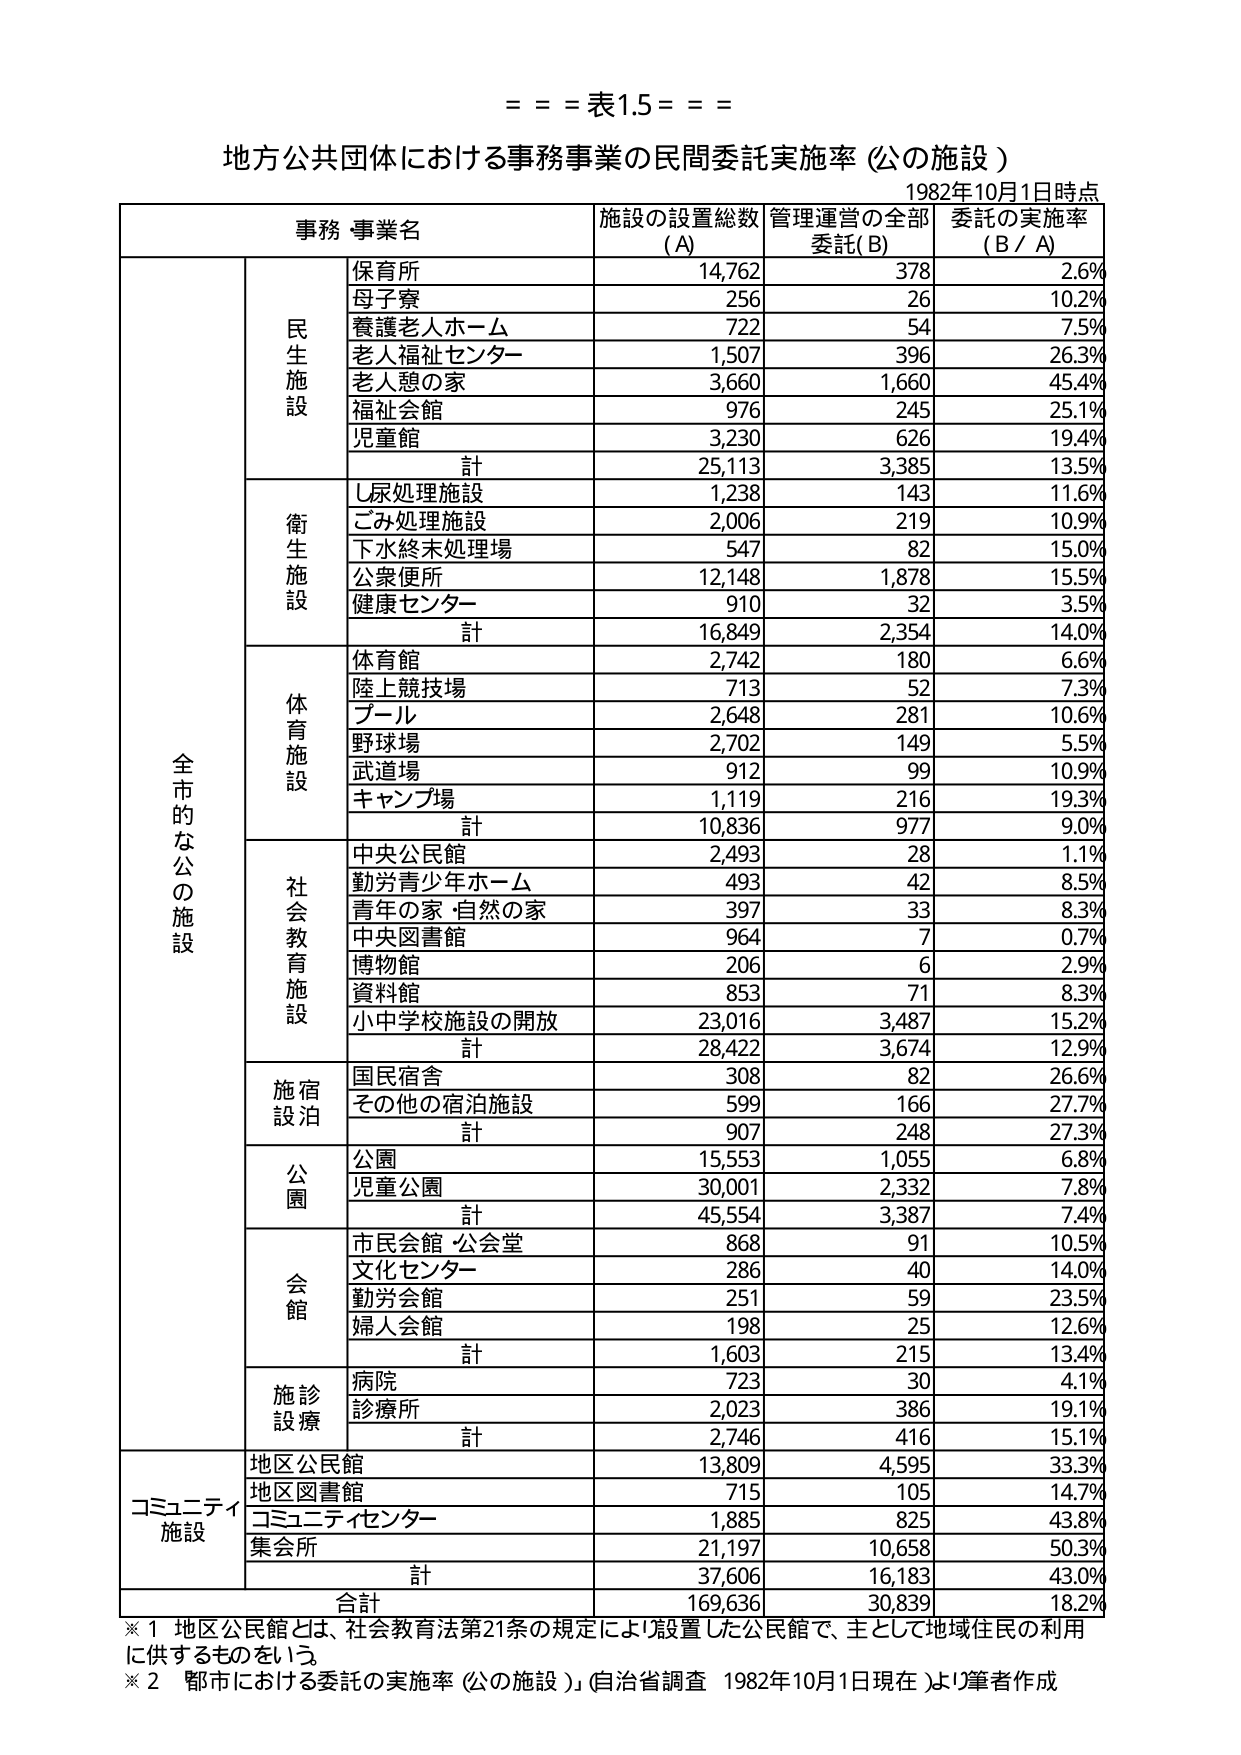
= = = 表1.5 = = =

地方公共団体における事務事業の民間委託実施率（公の施設）
1982年10月1日時点

事務 事業名 | 施設の設置総数 (A) | 管理運営の全部委託(B) | 委託の実施率 (B / A)
--- | --- | --- | ---
全市的な公の施設 | | |
| 民生施設 | 保育所 | 14,762 | 378 | 2.6%
| | 母子寮 | 256 | 26 | 10.2%
| | 養護老人ホーム | 722 | 54 | 7.5%
| | 老人福祉センター | 1,507 | 396 | 26.3%
| | 老人憩の家 | 3,660 | 1,660 | 45.4%
| | 福祉会館 | 976 | 245 | 25.1%
| | 児童館 | 3,230 | 626 | 19.4%
| | 計 | 25,113 | 3,385 | 13.5%
| | 衛生施設 | し尿処理施設 | 1,238 | 143 | 11.6%
| | | ごみ処理施設 | 2,006 | 219 | 10.9%
| | | 下水終末処理場 | 547 | 82 | 15.0%
| | | 公衆便所 | 12,148 | 1,878 | 15.5%
| | | 健康センター | 910 | 32 | 3.5%
| | | 計 | 16,849 | 2,354 | 14.0%
| | 体育施設 | 体育館 | 2,742 | 180 | 6.6%
| | | 陸上競技場 | 713 | 52 | 7.3%
| | | プール | 2,648 | 281 | 10.6%
| | | 野球場 | 2,702 | 149 | 5.5%
| | | 武道場 | 912 | 99 | 10.9%
| | | キャンプ場 | 1,119 | 216 | 19.3%
| | | 計 | 10,836 | 977 | 9.0%
| | 社会教育施設 | 中央公民館 | 2,493 | 28 | 1.1%
| | | 勤労青少年ホーム | 493 | 42 | 8.5%
| | | 青年の家・自然の家 | 397 | 33 | 8.3%
| | | 中央図書館 | 964 | 7 | 0.7%
| | | 博物館 | 206 | 6 | 2.9%
| | | 資料館 | 853 | 71 | 8.3%
| | | 小中学校施設の開放 | 23,016 | 3,487 | 15.2%
| | | 計 | 28,422 | 3,674 | 12.9%
| | 施設宿泊 | 国民宿舎 | 308 | 82 | 26.6%
| | | その他の宿泊施設 | 599 | 166 | 27.7%
| | | 計 | 907 | 248 | 27.3%
| | 公園 | 公園 | 15,553 | 1,055 | 6.8%
| | | 児童公園 | 30,001 | 2,332 | 7.8%
| | | 計 | 45,554 | 3,387 | 7.4%
| | 会館 | 市民会館・公会堂 | 868 | 91 | 10.5%
| | | 文化センター | 286 | 40 | 14.0%
| | | 勤労会館 | 251 | 59 | 23.5%
| | | 婦人会館 | 198 | 25 | 12.6%
| | | 計 | 1,603 | 215 | 13.4%
| | 施設診療 | 病院 | 723 | 30 | 4.1%
| | | 診療所 | 2,023 | 386 | 19.1%
| | | 計 | 2,746 | 416 | 15.1%
コミュニティ施設 | | 地区公民館 | 13,809 | 4,595 | 33.3%
| | | 地区図書館 | 715 | 105 | 14.7%
| | | コミュニティセンター | 1,885 | 825 | 43.8%
| | | 集会所 | 21,197 | 10,658 | 50.3%
| | | 計 | 37,606 | 16,183 | 43.0%
| | 合計 | | 169,636 | 30,839 | 18.2%

※1 地区公民館とは、社会教育法第21条の規定により設置した公民館で、主として地域住民の利用に供するものをいう。
※2 都市における委託の実施率（公の施設）（自治省調査 1982年10月1日現在）より筆者作成